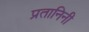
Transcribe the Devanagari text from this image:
प्रतानिनी